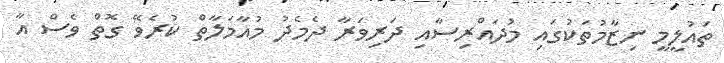
ތައުލީމީ ނިޒާމުތަކުގައި މުދައްރިސާއި ދަރިވަރާ ދެމެދު މުއާމަލާތް ކުރެވޭ ގޮތް ވެސް އާ